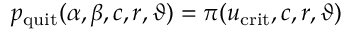
p _ { \mathrm { q u i t } } ( \alpha , \beta , c , r , \vartheta ) = \pi ( u _ { \mathrm { c r i t } } , c , r , \vartheta )